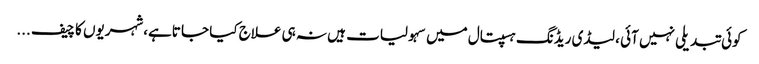
کوئی تبدیلی نہیں آئی ، لیڈی ریڈنگ ہسپتال میں سہولیات ہیں نہ ہی علاج کیا جا تاہے،شہریوں کا چیف ...